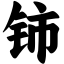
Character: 铈